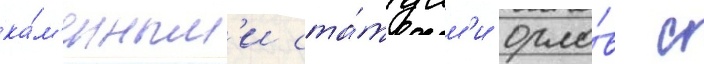
ка́м'енным'и ста́туам'и орло́в с